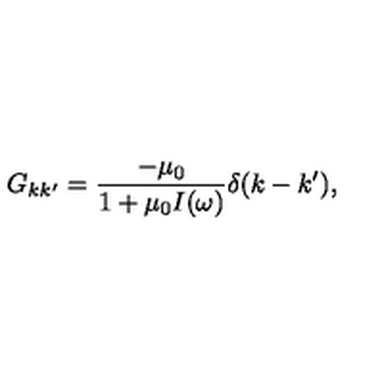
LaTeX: G _ { k k ^ { \prime } } = \frac { - \mu _ { 0 } } { 1 + \mu _ { 0 } I ( \omega ) } \delta ( k - k ^ { \prime } ) ,